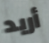
أريد